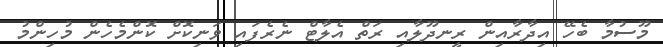
މޫސުމާ ބެހޭ އިދާރާއިން ރީނދޫލާއި ރަތް އެލާޓް ނެރެފައި ވަނިކޮށް ކޮންމެހެން މުހިންމު